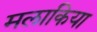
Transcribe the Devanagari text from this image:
मलाकिया